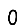
Digit: 0